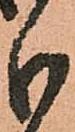
分